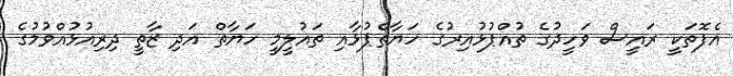
އެފޮތަކީ ރައީސް ވަަހީދުގެ ތުއްޕުޅުއިރުގެ ހަޔާތްޕުޅާއި ތައުލީމީ ހަޔާތް އަދި ޒާތީ ދިރިއުޅުއްވުމުގެ